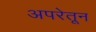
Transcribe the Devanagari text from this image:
अपरेतून